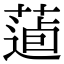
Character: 𦷿